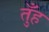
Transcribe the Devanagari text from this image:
तुँह